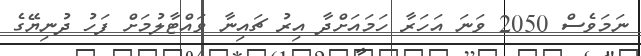
ނަމަވެސް 2050 ވަނަ އަހަރާ ހަމައަށްދާ އިރު ޗައިނާ ވައްޓާލުމަށް ފަހު ދުނިޔޭގެ